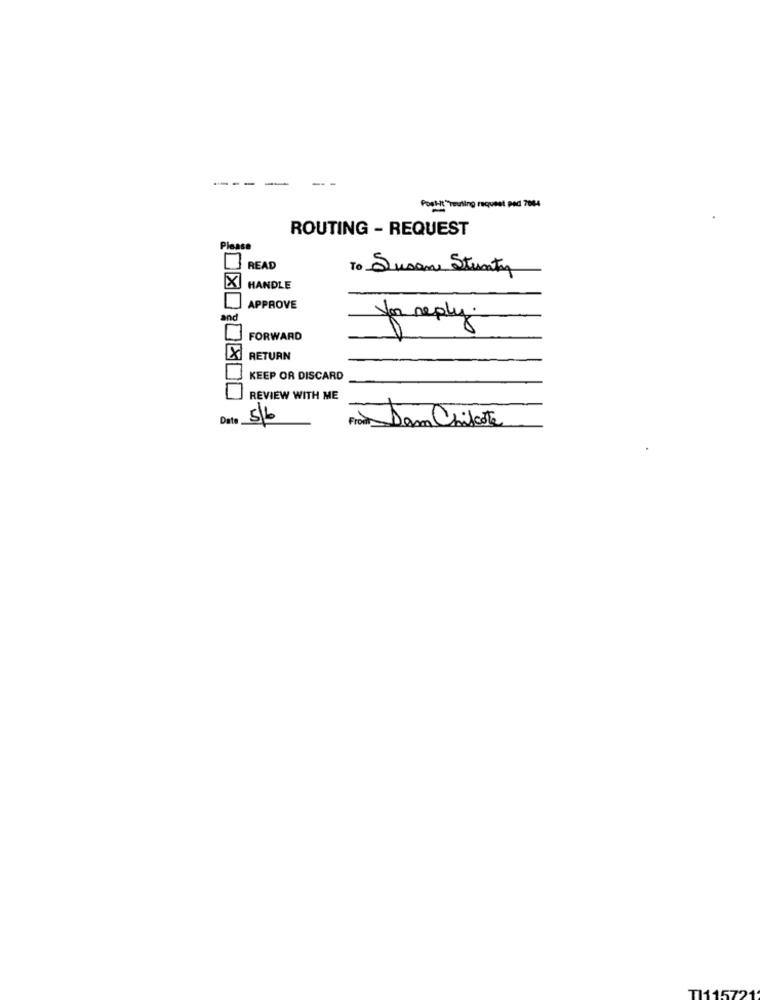
---
Post-it"Touting request pad 7084
ROUTING - REQUEST
Please
READ
To Jusane Stunty
X
HANDLE
APPROVE
and
you reply.
FORWARD
RETURN
KEEP OR DISCARD
REVIEW WITH ME
Date 5/6
From Dam Chilcote